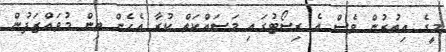
މީގެ އިތުރުން ވެސް އެ ރިސޯޓުގައި މަސައްކަތް ކުރާ އެހެން ތިން މުވައްޒަފުން